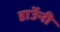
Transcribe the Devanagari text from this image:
डाॅउनी